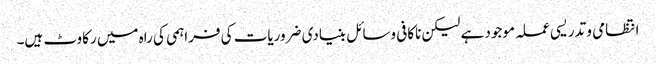
انتظامی و تدریسی عملہ موجود ہے لیکن ناکافی وسائل بنیادی ضروریات کی فراہمی کی راہ میں رکاوٹ ہیں۔